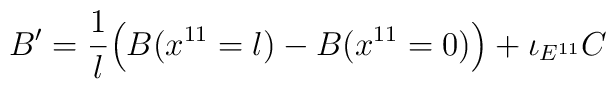
B'={{1}\over{l}}\Big(B(x^{11}=l)-B(x^{11}=0)\Big)+ \iota_{E^{11}}C